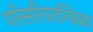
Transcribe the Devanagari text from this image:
परिसरियतन्त्रिका